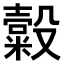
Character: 𣫗